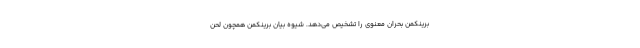
برینکمن بحران معنوی را تشخیص می‌دهد. شیوهٔ بیان برینکمن همچون لحن